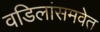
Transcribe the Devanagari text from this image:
वडिलांसमवेत